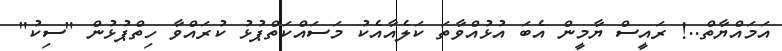
އަމައްޔާތް..! ރައީސް ޔާމީން އެބަ އުޅުއްވާތަ ކަލެއާއެކު މަސައްކަތްޕުޅު ކުރައްވާ ހިތްޕުޅުން "ސިކު"